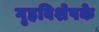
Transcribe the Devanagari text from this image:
गृहविशेषके